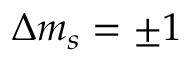
\Delta m _ { s } = \pm 1